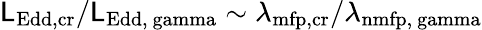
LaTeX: \mathsf{L}_{\mathrm{{Edd,cr}}}/\mathsf{L}_{\mathrm{{Edd,\ gamma}}}\sim\lambda_{\mathrm{{mfp,cr}}}/\lambda_{\mathrm{{n{mfp,}\ gamma}}}